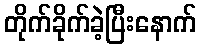
တိုက်ခိုက်ခဲ့ပြီးနောက်